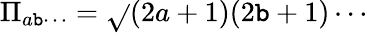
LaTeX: \Pi_{a\mathtt{b}\cdots}=\sqrt{}{{(2a+1)(2\mathtt{b}+1)\cdots}}